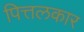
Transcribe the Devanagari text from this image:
पित्तलकार